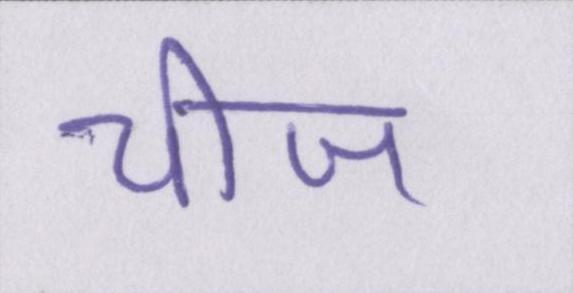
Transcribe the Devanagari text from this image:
चीज